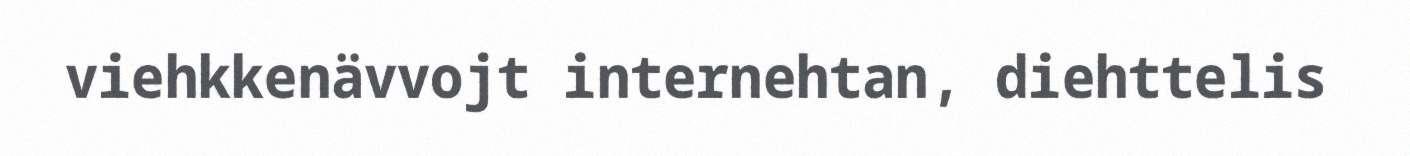
viehkkenävvojt internehtan, diehttelis